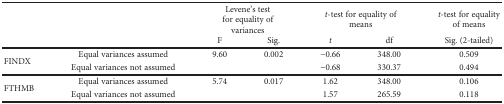
| <ROWSPAN=2-COLSPAN=2>  | <COLSPAN=2> Levene's test for equality of variances | <COLSPAN=2> t-test for equality of means | t-test for equality of means |
 | F | Sig. | t | df | Sig. (2-tailed) |
 | --- | --- | --- | --- | --- | --- | --- |
 | <ROWSPAN=2> FINDX | Equal variances assumed | 9.60 | 0.002 | −0.66 | 348.00 | 0.509 |
 | Equal variances not assumed |  |  | −0.68 | 330.37 | 0.494 |
 | <ROWSPAN=2> FTHMB | Equal variances assumed | 5.74 | 0.017 | 1.62 | 348.00 | 0.106 |
 | Equal variances not assumed |  |  | 1.57 | 265.59 | 0.118 |